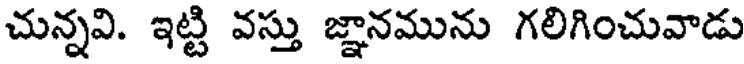
చున్నవి. ఇట్టి వస్తు జ్ఞానమును గలిగించువాడు